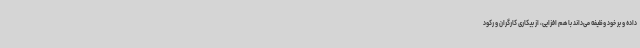
داده و بر خود وظیفه می‌داند با هم افزایی، از بیکاری کارگران و رکود